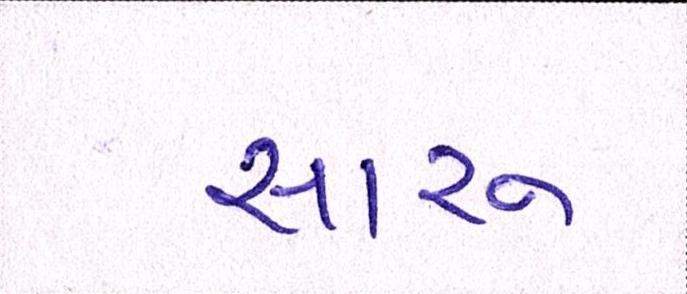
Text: સારુ